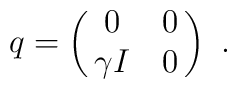
q = \pmatrix{0 & 0\cr\gamma I & 0 \cr}~.